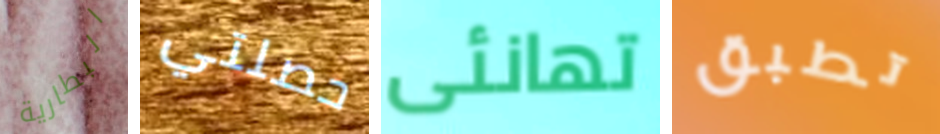
البطارية حصلتي تهانئى تطبق